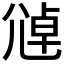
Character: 𫵑